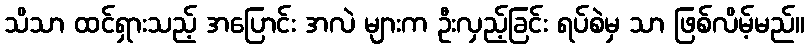
သိသာ ထင်ရှားသည့် အပြောင်း အလဲ များက ဦးလှည့်ခြင်း ရပ်စဲမှ သာ ဖြစ်လိမ့်မည်။